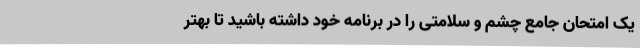
یک امتحان جامع چشم و سلامتی را در برنامه‌ خود داشته باشید تا بهتر